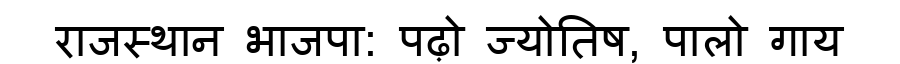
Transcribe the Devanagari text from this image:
राजस्थान भाजपा: पढ़ो ज्योतिष, पालो गाय